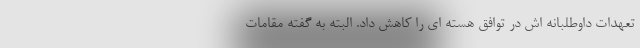
تعهدات داوطلبانه اش در توافق هسته ای را کاهش داد. البته به گفته مقامات